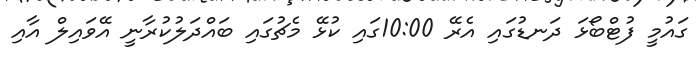
ގައުމީ ފުޓްބޯޅަ ދަނޑުގައި އެރޭ 10:00ގައި ކުޅޭ މެޗުގައި ބައްދަލުކުރާނީ އޭވައިލް އާއި